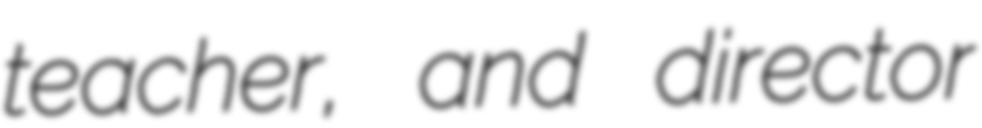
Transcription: teacher, and director